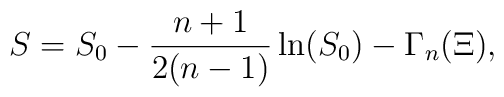
S=S_0-\frac{n+1}{2(n-1)}\ln (S_0)-\Gamma _n(\Xi ),